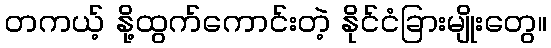
တကယ့် နို့ထွက်ကောင်းတဲ့ နိုင်ငံခြားမျိုးတွေ။